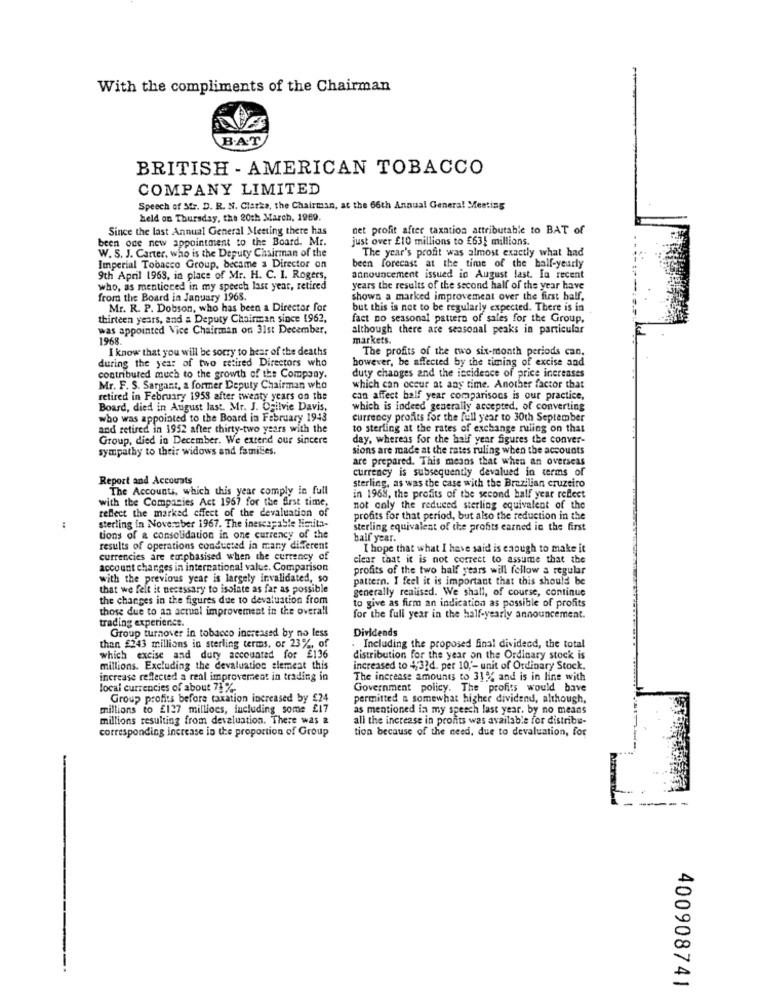
With the compliments of the Chairman
B.AT
BRITISH - AMERICAN TOBACCO
COMPANY LIMITED
Speech of SC. D. R. N. Cistka, the Chairman, at the 66th Annual General Meeting
held on Thursday, the 20th March, 1969.
Since the last Annual General Meeting there has
net profit after taxation attributable to BAT of
been ode new appointment to the Board. Mr.
just over £10 millions to £631 millions.
The year's profit was almost exactly what had
W. S. J. Carter, who is the Deputy Chairman of the
Imperial Tobacco Group, became a Director on
been forecast at the time of the ball-yearly
9th April 1963, in place of Mr. H. C. I. Rogers,
announcement issued in August last. In recent
who, as menticced in my speech last year, retired
years the results of the second half of the year have
from the Board in January 1968.
shows a marked improvement over the first balf.
Mr. R. P. Dobson, who has been a Director for
but this is not to be regularly expected. There is in
thirteen years, and a Deputy Chairman since 1962,
fact no seasonal pattern of sales for the Group,
was appointed Vice Chairman on 31st December,
although there are seasonal peaks in particular
1968.
markets.
I know that you will be sorry to hear of the deaths
The profits of the two six-month periods can.
during the year of two retired Directors who
however, be affected by the timing of excise and
contributed much to the growth of the Company.
duty changes and the incidence of price increases
Mr. F. S. Sargant, a former Deputy Chairman who
which can occur at any time. Another factor that
retired in February 1958 after twenty years on the
can affect half year comparisons is our practice,
Board, died in August last. Mr. J. Ogilvie Davis,
which is indeed generally accepted, of converting
who was appointed to the Board in February 1943
currency profits for the full year to 30th September
and retired in 1952 after thirty-two years with the
to sterling at the rates of exchange ruling on that
Group, died in December. We extend our sincere
day, whereas for the half year figures the conver-
sympathy to their widows and families.
sions are made at the rates ruling when the accounts
are prepared. This means that when an overseas
currency is subsequently devalued in terms of
Report and Accounts
The Accounts, which this year comply in full
sterling, as was the case with the Brazilian cruzeiro
with the Companies Act 1967 for the Arst time,
in 1968, the profits of the second half year reflect
reflect the marked effect of the devaluation of
not only the reduced sterling equivalent of the
profits for that period, but also the reduction in the
sterling in November 1967. The inescapable limita-
sterling equivalent of the profits earned in the first
tions of a consolidation in one currency of the
half year.
results of operations conducted in many different
I hope that what I have said is enough to make it
currencies are emphasised when the currency of
clear that it is not correct to assume that the
account changes in international value. Comparison
profits of the two half years will follow a regular
with the previous year is largely invalidated, so
pattern. I feel it is important that this should be
that we felt it necessary to isolate as far as possible
generally realised. We shall, of course, continue
the changes in the figures due to devaluation from
those due to an actual improvement in the overall
to give as firm an indication as possible of profits
trading experience.
for the full year in the half-yearly announcement.
Group turnover in tobacco increased by no less
Dividends
than £243 millions in sterling terms, or 23%, of
Including the proposed final dividend, the total
which excise and duty accounted for £136
distribution for the year on the Ordinary stock is
millions. Excluding the devaluation alemeat this
increased to 4,32d. per 10,'- unit of Ordinary Stock.
increase reflected a real improvement in trading in
The increase amounts to 31% and is in line with
local currencies of about 71 %
Government policy. The profits would bave
Group profits before taxation increased by £24
permitted a somewhat higher dividend, although,
millions to £127 milliocs, including some £17
as mentioned in my speech last year. by no means
millions resulting from devaluation. There was a
all the increase in pronts was available for distribu-
corresponding increase in the proportion of Group
tion because of the need, due to devaluation, for
--
400908741